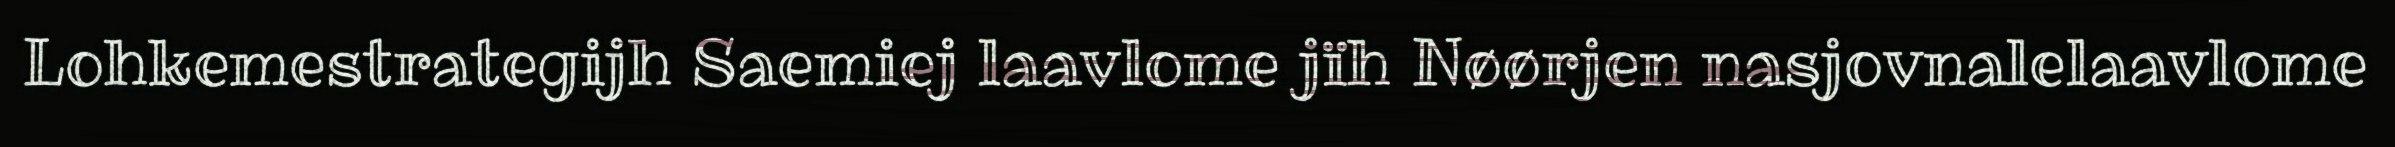
Lohkemestrategijh Saemiej laavlome jïh Nøørjen nasjovnalelaavlome